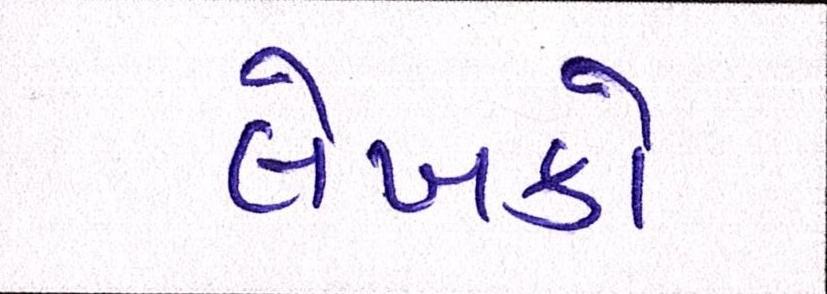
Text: લેખકો